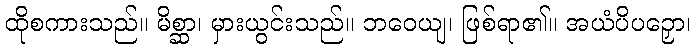
ထိုစကားသည်။ မိစ္ဆာ၊ မှားယွင်းသည်။ ဘဝေယျ၊ ဖြစ်ရာ၏။ အယံပိပဉှော၊